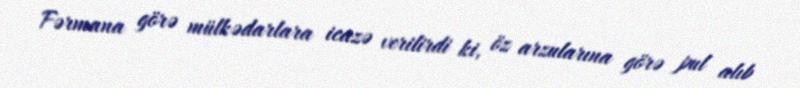
Fərmana görə mülkədarlara icazə verilirdi ki, öz arzularına görə pul alıb